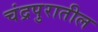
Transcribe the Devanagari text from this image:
चंद्रपुरातील